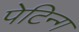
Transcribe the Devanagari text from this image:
पेटिन्ग